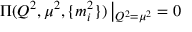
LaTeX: \Pi ( Q ^ { 2 } , \mu ^ { 2 } , \{ m _ { i } ^ { 2 } \} ) \left| _ { Q ^ { 2 } = \mu ^ { 2 } } = 0 \right.